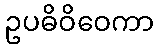
ဥပဓိဝိဝေကာ